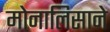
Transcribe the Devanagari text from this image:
मोनालिसाने